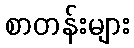
စာတန်းများ